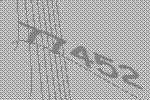
77452